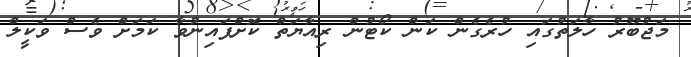
މަޖުބޫރު ހާލަތުގައި ހުރެގެން ކަން ކޯޓުން ރިއާޔަތް ކޮށްފައިނުވާ ކަމަށް ވެސް ވަކީލް